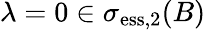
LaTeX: \lambda=0\in\sigma_{\mathrm{ess},2}(B)